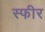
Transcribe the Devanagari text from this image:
स्फीर